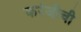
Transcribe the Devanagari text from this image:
करंजीची